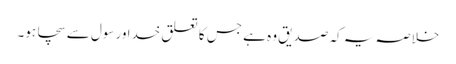
خلاصہ یہ کہ صدیق وہ ہے جس کا تعلق خدا ورسول سےسچا ہو۔